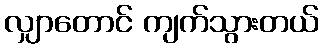
လျှာတောင် ကျက်သွားတယ်